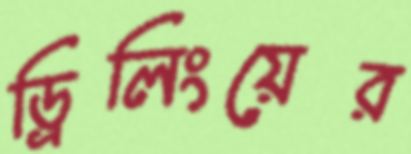
ড্রিলিংয়ের